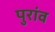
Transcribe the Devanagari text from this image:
पुरांव